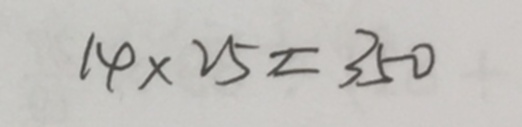
1 4 \times 2 5 = 3 5 0